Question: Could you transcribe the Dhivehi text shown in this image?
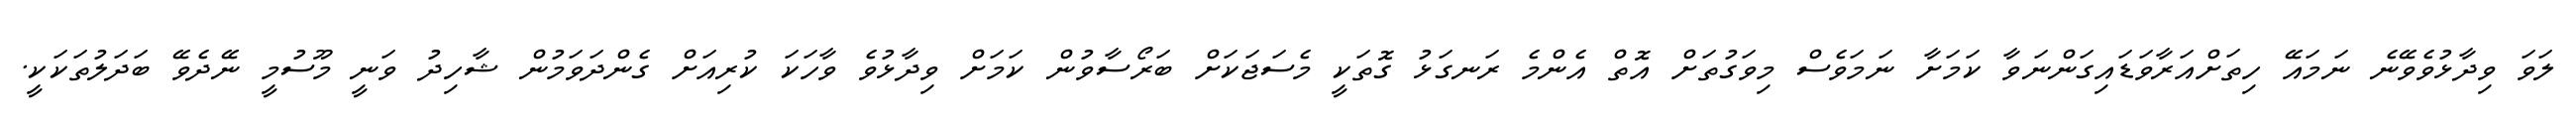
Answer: ލަވަ ވިދާޅުވެވޭނެ ނަމައޭ ހިތަށްއަރާވަޑައިގަންނަވާ ކަމަށާ ނަމަވެސް މިވަގުތަށް އޮތް އެންމެ ރަނގަޅު ގޮތަކީ މެސަޖަކަށް ބަރޯސާވުން ކަމަށް ވިދާޅުވެ ވާހަކަ ކުރިއަށް ގެންދަވަމުން ޝާހިދު ވަނީ މޫސުމީ ނޭދެވޭ ބަދަލުތަކަކީ.